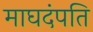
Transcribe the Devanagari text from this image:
माघदंपति